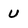
Character: U